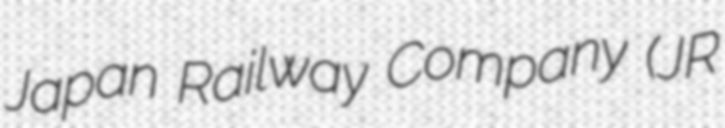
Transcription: Japan Railway Company (JR